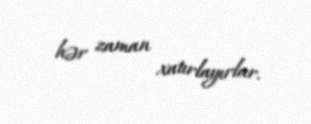
hər zaman xatırlayırlar.